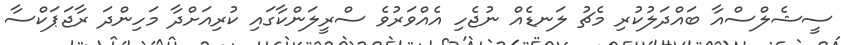
ސީޝެލްސްއާ ބައްދަލުކުރި މެޗު ލަނޑެއް ނުޖެހި އެއްވަރުވެ ސްރީލަންކާގައި ކުރިއަށްދާ މަހިންދަ ރާޖަޕަކްސާ